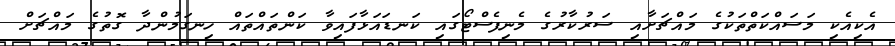
އެކިއެކި މަސައްކަތްތަކުގެ މައްޗަށާއި ސަރުކާރުގެ މެނިފެސްޓޯގައި ކަނޑައަޅާފައިވާ ކަންތައްތައް ހިނގަމުންދާ ގޮތުގެ މައްޗަށް